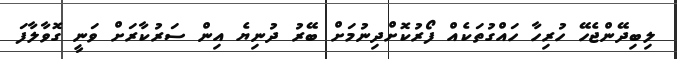
ލިބިދޭންޖެހޭ ހުރިހާ ހައްގުތަކެއް ފޯރުކޮށްދިނުމަށް ބޭރު ދުނިޔެެ އިން ސަރުކާރަށް ވަނީ ގޮވާލާފަ